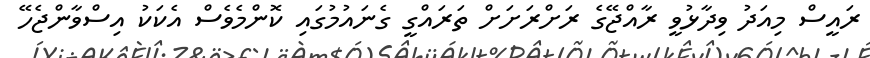
ރައީސް މިއަދު ވިދާޅުވީ ރާއްޖޭގެ ރަށްރަށަށް ތަރައްގީ ގެނައުމުގައި ކޮންމެވެސް އެކަކު އިސްވާންޖެހޭ